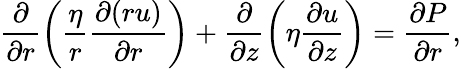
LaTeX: \frac{\partial}{\partial r}\left(\frac{\eta}{r}\frac{\partial(ru)}{\partial r}\right)+\frac{\partial}{\partial z}\left(\eta\frac{\partial u}{\partial z}\right)=\frac{\partial P}{\partial r},